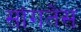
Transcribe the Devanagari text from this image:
सांगतेस